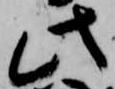
此